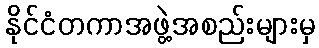
နိုင်ငံတကာအဖွဲ့အစည်းများမှ